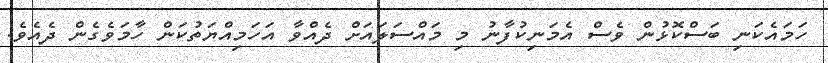
ހަމައެކަނި ބަސްކޮޅުން ވެސް އެމަނިކުފާނު މި މައްސަލައަށް ދެއްވާ އަހަމިއްޔަތުކަން ހާމަަވެގެން ދެއެވެ.